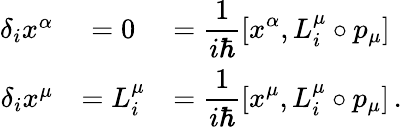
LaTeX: \begin{array}{rcl}{{\delta_{i}x^{\alpha}}}&{{=0}}&{{=\displaystyle\frac{1}{i\hbar}[x^{\alpha},L_{i}^{\mu}\circ p_{\mu}]}}\\ {{\delta_{i}x^{\mu}}}&{{=L_{i}^{\mu}}}&{{=\displaystyle\frac{1}{i\hbar}[x^{\mu},L_{i}^{\mu}\circ p_{\mu}]\, .}}\end{array}